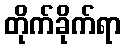
တိုက်ခိုက်ရာ